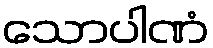
သောပါဏံ